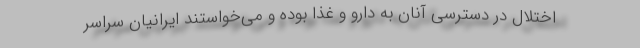
اختلال در دسترسی آنان به دارو و غذا بوده و می‌خواستند ایرانیان سراسر